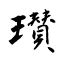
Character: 瓉